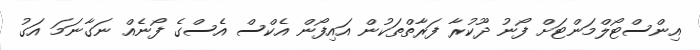
އިންސްޓޯލްމަންޓަށް ފޯނު ދޫކުރާ ފަރާތްތަކުން އައިފޯން އެކްސް އެސްގެ ފޯނެއް ނަގާނަމަ އަގު